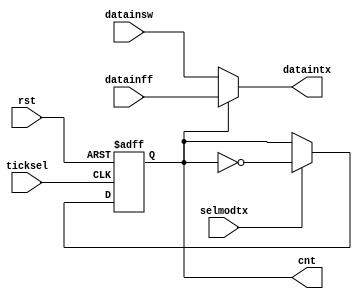
module modetxselect(
input selmodtx, ticksel, rst,
input [7:0] datainsw,
input [7:0] datainff,

output [7:0] dataintx,
output reg cnt
);


always@(posedge ticksel, negedge rst)
begin
	if(!rst)
		begin
		cnt <= 1'b0;
		end
	else
		if(selmodtx)
			begin
			cnt <= ~cnt;
			end
end

assign dataintx = (cnt==1'b0)? datainsw : datainff;

endmodule